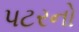
પટરનો